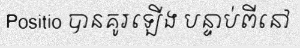
Positio បានគូរឡើង បន្ទាប់ពីនៅ